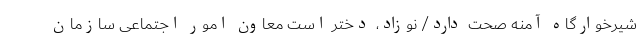
شیرخوارگاه آمنه صحت دارد/ نوزاد، دختر است معاون امور اجتماعی سازمان